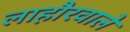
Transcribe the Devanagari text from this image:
लाहौरवाले